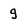
Character: g